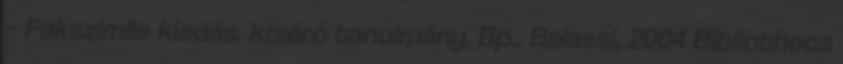
– Fakszimile kiadás, kísérő tanulmány, Bp., Balassi, 2004 Bibliotheca